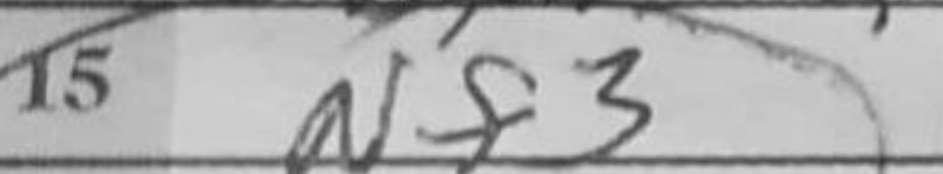
Transcription: Nf3